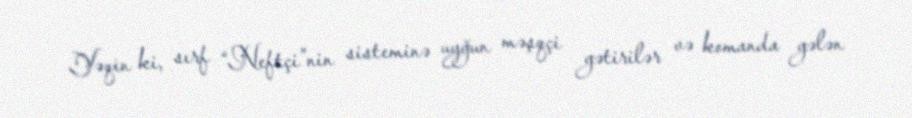
Yəqin ki, sırf “Neftçi”nin sisteminə uyğun məşqçi gətirilər və komanda gələn